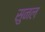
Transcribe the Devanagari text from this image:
सुनल